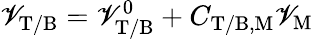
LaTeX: \mathscr{V}_{\mathrm{{T/B}}}=\mathscr{V}_{\mathrm{{T/B}}}^{0}+C_{\mathrm{{T/B,M}}}\mathscr{V}_{\mathrm{{M}}}